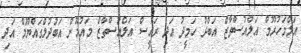
އަލްމަހުރޫމް އަލްއުސްތާޒް އަބްދު ހަމީދު އަދި ރައީސް އަލްއުސްތާޒް މައުމޫން އަބުދުލްގައްޔޫމް އަދި